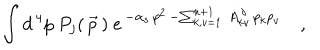
\int d ^ { \, 4 } p \ P _ { j } ( \, \vec { p } \, ) \ e ^ { \, - \alpha _ { s } \, p ^ { 2 } \, - \sum _ { k , v = 1 } ^ { n + 1 } \, A _ { k v } ^ { \, j } \, p _ { k } p _ { v } } \quad ,